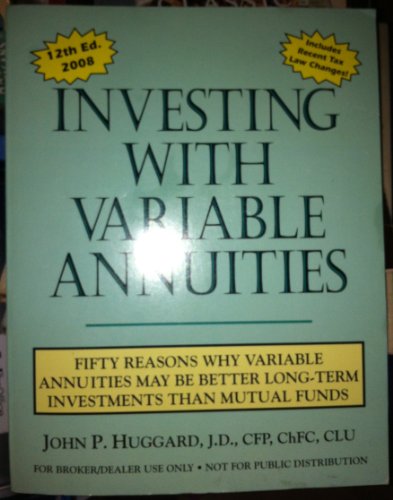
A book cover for Investing with Variable Annuities (Fifty Reasons Why Variable Annuities May Be Better Long-Term Investments Than Mutual Funds); John P. Huggard; Business & Money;